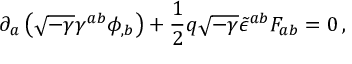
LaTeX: \partial _ { a } \left( \sqrt { - \gamma } \gamma ^ { a b } \phi _ { , b } \right) + \frac { 1 } { 2 } q \sqrt { - \gamma } { \tilde { \epsilon } } ^ { a b } F _ { a b } = 0 \, ,